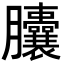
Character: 𦣘